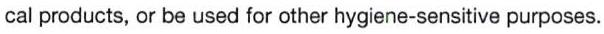
cal products, or be used for other hygiene-sensitive purposes.